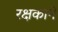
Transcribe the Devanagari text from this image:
रक्षकाने